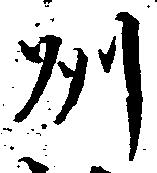
州